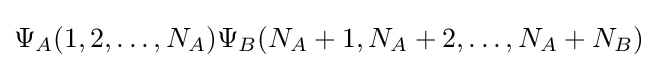
\Psi _{A}(1,2,\dots ,N_{A})\Psi _{B}(N_{A}+1,N_{A}+2,\dots ,N_{A}+N_{B})